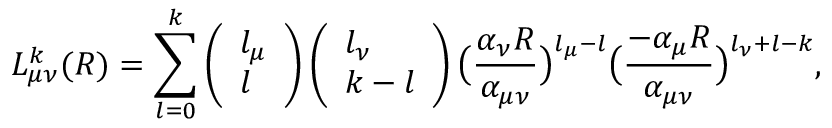
L _ { \mu \nu } ^ { k } ( R ) = \sum _ { l = 0 } ^ { k } \left( \begin{array} { l } { l _ { \mu } } \\ { l } \end{array} \right) \left( \begin{array} { l } { l _ { \nu } } \\ { k - l } \end{array} \right) \big ( \frac { \alpha _ { \nu } R } { \alpha _ { \mu \nu } } \big ) ^ { l _ { \mu } - l } \big ( \frac { - \alpha _ { \mu } R } { \alpha _ { \mu \nu } } \big ) ^ { l _ { \nu } + l - k } ,